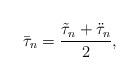
LaTeX: \begin{align*}\bar{\tau}_n= \dfrac{\tilde{\tau}_n+\ddot{\tau}_n}{2},\end{align*}